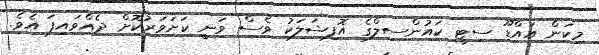
މިކަން އައްޑޫ ސިޓީ ކައުންސިލްގެ އޮފިޝަލަކު ވެސް ވަނީ ކަށަވަރުކޮށް ދެއްވައިފަ އެވެ.